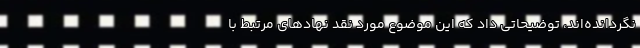
نگردانده‌اند، توضیحاتی داد که این موضوع مورد نقد نهاد‌های مرتبط با